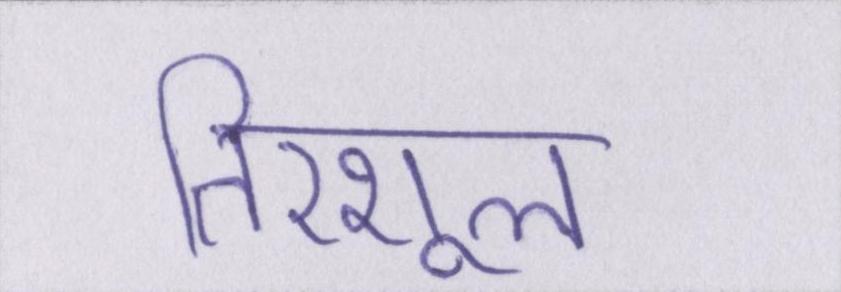
तिरशूल